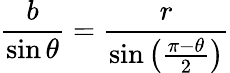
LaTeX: {\frac{b}{\sin\theta}}={\frac{r}{\sin\left({\frac{\pi-\theta}{2}}\right)}}